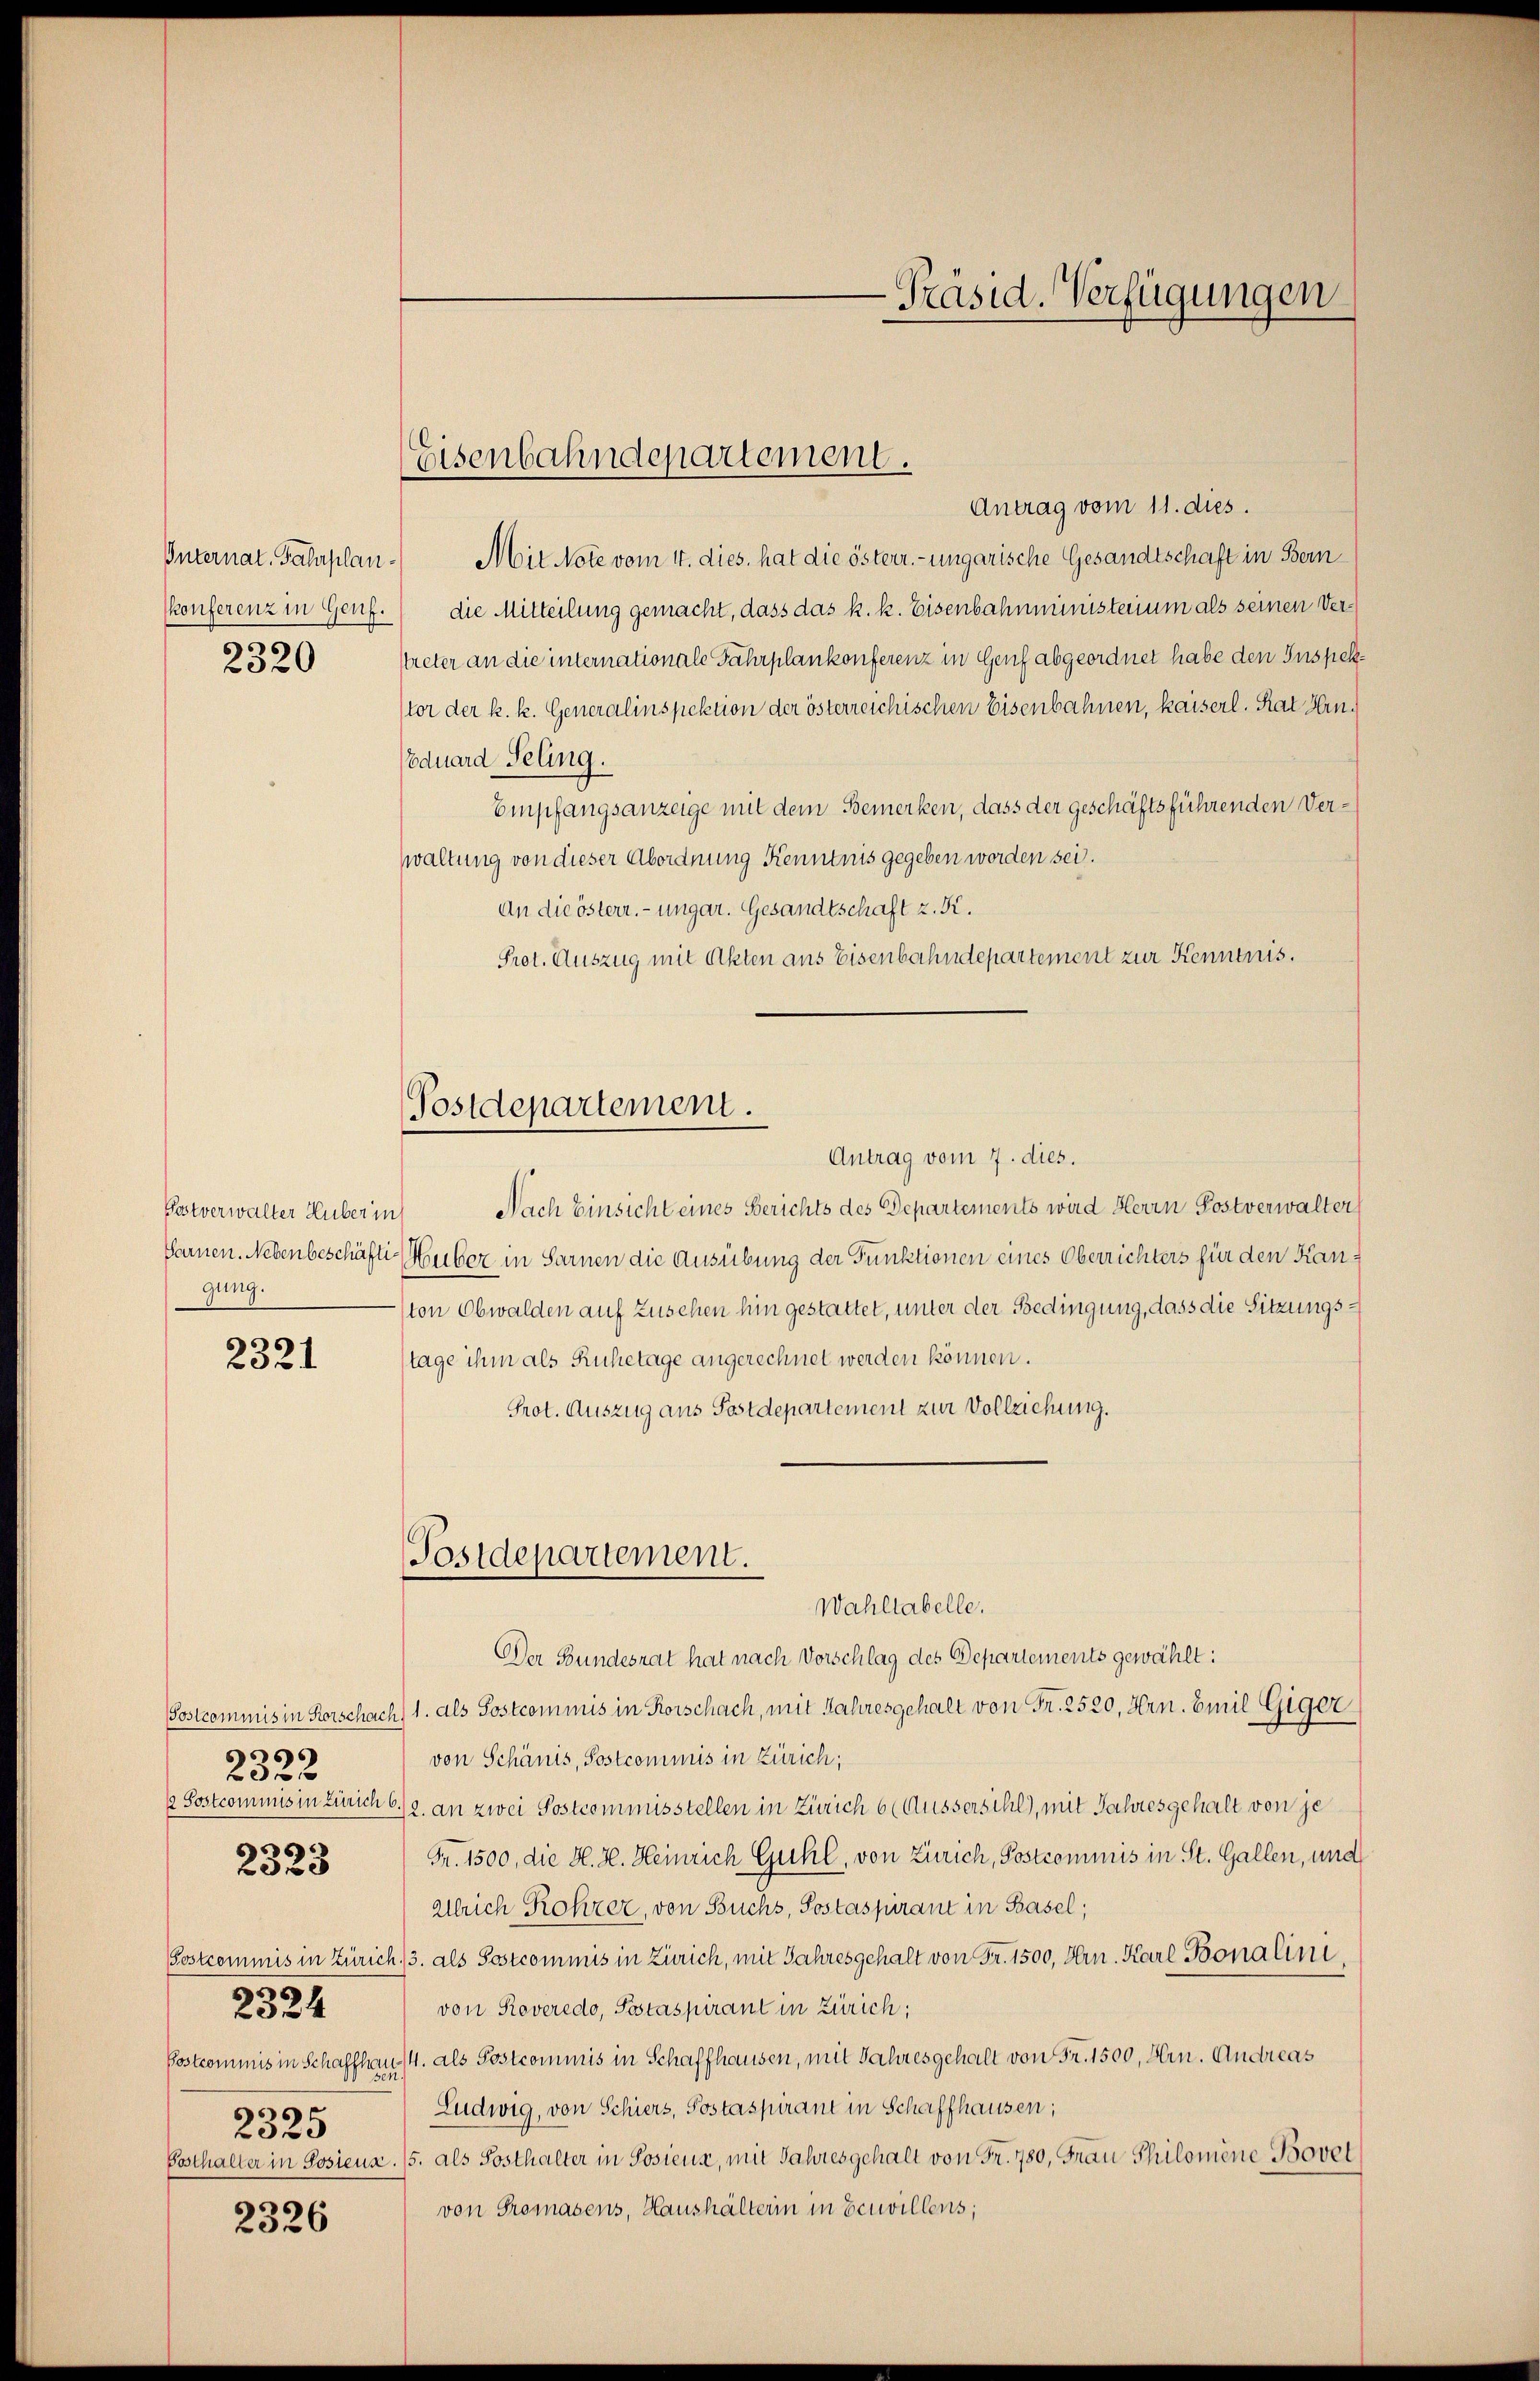
Internat. Fahrplan¬
¬
2320

Postverwalter Huber in
gung.

2321

6
202 x
6
2328

Postcommis in Zürich
Postcommis in Schaffha
¬
2325
Gosthalter in Postens

¬
2524

2326

Mit Note vom 4. dies. hat die österr.-ungarische Gesandtschaft in Bern
konferenz in Genf.) die Mitteilung gemacht, dass das k. k. Eisenbahnministerium als seinen Verktreter an die internationale Fahrplankonferenz in Genf abgeordnet habe den Inspektor der k. k. Generalinspektion der österreichischen Eisenbahnen, kaiserl. Rat Hin¬
Eduard Seling.
Empfangsanzeige mit dem Bemerken, dass der geschäftsführenden Verwaltung von dieser Abordnung Kenntnis gegeben worden sei.
An die österr. ungar. Gesandtschaft z. K.
Prot. Auszug mit Akten aus Eisenbahndepartement zur Kenntnis.
Postdepartement.
Antrag vom 7. dies.
Nach Einsicht eines Berichts des Departements wird Herrn Postverwalter
Sarnen. Nebenbeschäfti-Huber in Sarnen die Ausübung der Punktionen eines Oberrichters für den Kanton Obwalden auf Zusehen hin gestattet, unter der Bedingung, dass die Sitzungstage ihm als Ruhetage angerechnet werden können.
Prot. Auszug aus Postdepartement zur Vollziehung.

Eisenbahndepartement.
Antrag vom 11. dies.

Postdepartement.

-Präsid. Verfügungen

Der Bundesrat hat nach Vorschlag des Departements gewählt:
Sostcommis in Korschach) 1. als Postcommis in Korschach, mit Jahresgehalt von Fr. 2520, Hrn. Emil Giger
von Schänis, Postcommis in Zürich;
½ Sostcominis in Zürich 6./2. an zwei Postcommisstellen in Zürich 6 (Äussersihl), mit Jahresgehalt von je
Fr. 1500, die H. H. Heinrich Guhl, von Zürich, Postcommis in St. Gallen, und
Allrich Rohzer, von Buchs, Postaspirant in Basel;
h. 3. als Sostcommis in Zürich, mit Jahresgehalt von Fr. 1500, Hrn. Karl Bonalini
von Roveredo, Pestaspirant in Zürich;
4/4. als Postcommis in Schaffhausen, mit Jahresgehalt von Fr. 1500, Hrn. Andreas
Ludwig, von Schiers, Postaspirant in Schaffhausen;
5. als Posthalter in Posieur, mit Jahresgehalt von Fr. 780, Frau Philomene Bovet
von Gromasens, Haushälterin in Eeuvillens;

Wahllabelle.